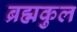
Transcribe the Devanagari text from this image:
ब्रह्मकुल